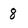
Character: 8